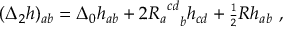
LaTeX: ( { \Delta } _ { 2 } h ) _ { a b } = { \Delta } _ { 0 } h _ { a b } + 2 { { R _ { a } } ^ { c d } } _ { b } h _ { c d } + { \scriptstyle { \frac { 1 } { 2 } } } R h _ { a b } \ ,